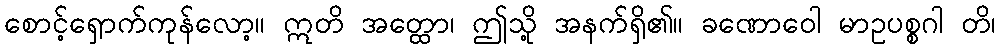
စောင့်ရှောက်ကုန်လော့။ ဣတိ အတ္ထော၊ ဤသို့ အနက်ရှိ၏။ ခဏောဝေါ မာဥပစ္စဂါ တိ၊